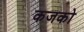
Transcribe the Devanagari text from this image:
कजको